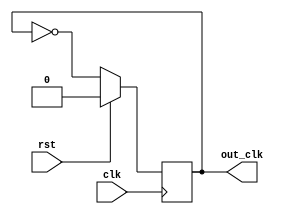
module clk_divide_2(clk, rst, out_clk);
    output reg out_clk;
    input clk;
    input rst;
    always @(posedge clk)
        begin
            if (rst)
                out_clk <= 1'b0;
            else
                out_clk <= ~out_clk;
        end
endmodule